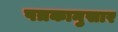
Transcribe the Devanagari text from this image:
पत्रकानुसार